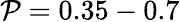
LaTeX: \mathcal{P}=0.35-0.7